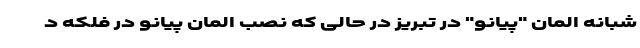
شبانه المان "پیانو" در تبریز در حالی که نصب المان پیانو در فلکه د